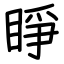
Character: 睜